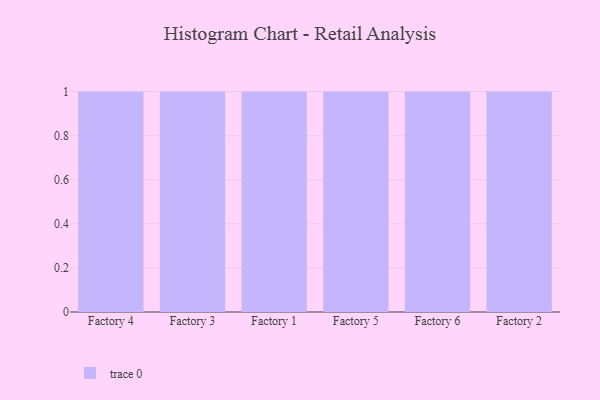
{"axis": {"x": "Factory", "y": "Shipments"}, "legend": [""], "data": [{"x": "Factory 4", "y": 74, "type": ""}, {"x": "Factory 3", "y": 62, "type": ""}, {"x": "Factory 1", "y": 44, "type": ""}, {"x": "Factory 5", "y": 40, "type": ""}, {"x": "Factory 6", "y": 66, "type": ""}, {"x": "Factory 2", "y": 37, "type": ""}]}